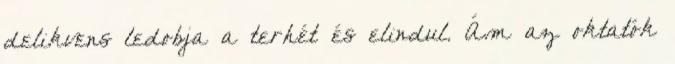
delikvens ledobja a terhét és elindul. Ám az oktatók